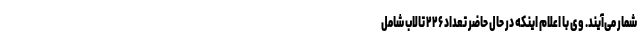
شمار می‌آیند. وی با اعلام اینکه در حال حاضر تعداد ۲۲۶ تالاب شامل